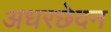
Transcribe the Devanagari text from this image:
अधरछेदन